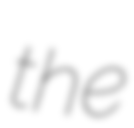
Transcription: the